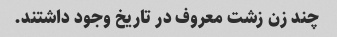
چند زن زشت معروف در تاریخ وجود داشتند.